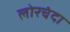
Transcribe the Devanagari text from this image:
लोरचंदा